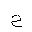
Letter: _ha